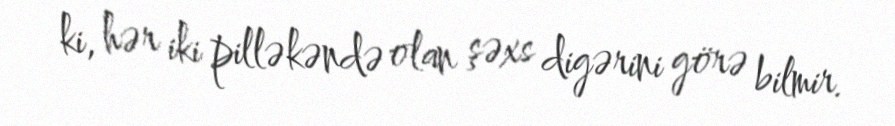
ki, hər iki pilləkəndə olan şəxs digərini görə bilmir.